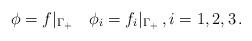
LaTeX: \begin{align*}\phi = f|_{\Gamma_+} \quad\phi_i = f_i|_{\Gamma_+}\,,i = 1, 2, 3\,.\end{align*}